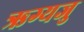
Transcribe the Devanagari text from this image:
ऋग्यजु